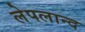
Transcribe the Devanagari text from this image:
लेपलान्द